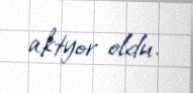
aktyor oldu.